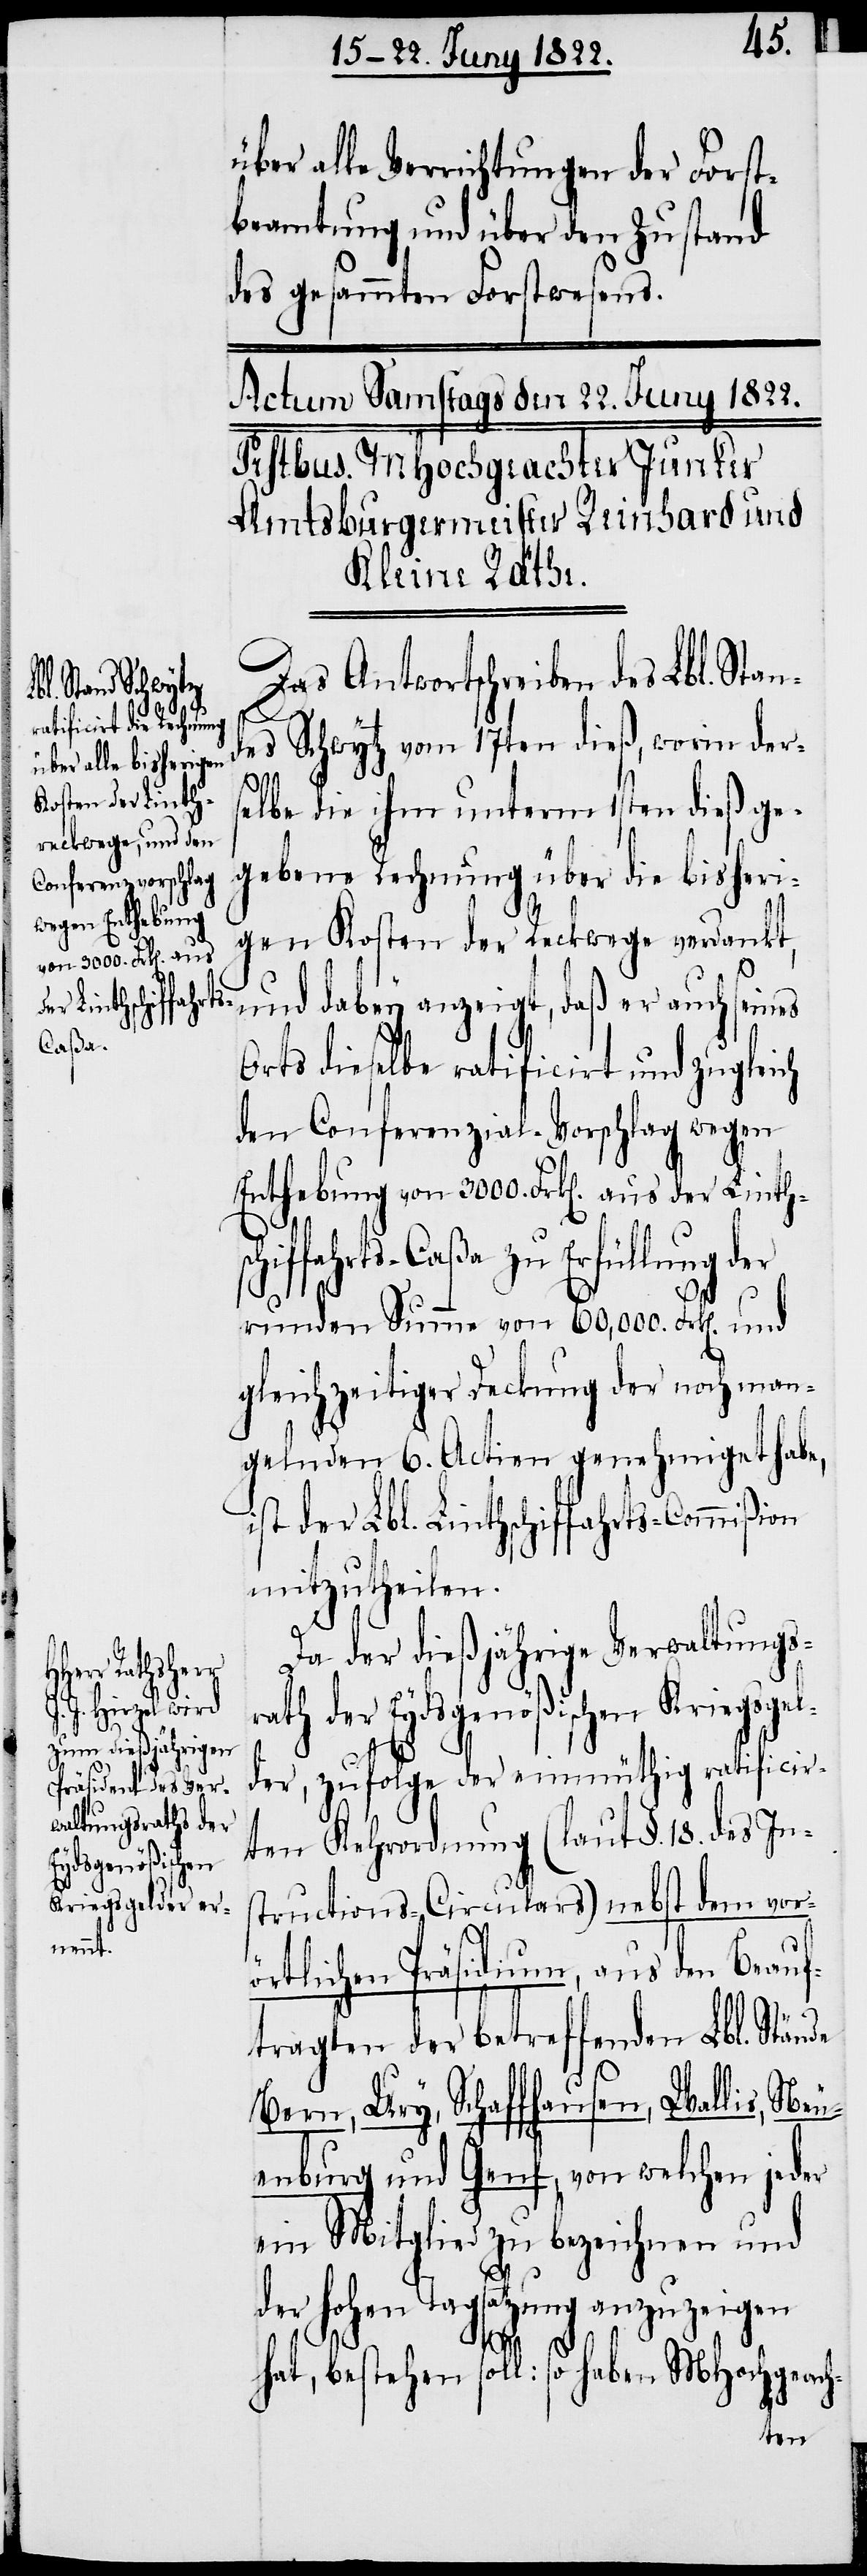
von 3000. Frk[en]. aus
der Linthschi¬

über alle Verrichtungen der Forst¬
beamtung und über den Zustand
des gesammten Forstwesens.
Das Antwortschreiben des Lbl. Stan¬
des Schwytz vom 17ten dieß, worin der¬
selbe die ihm unterm 1sten dieß ge¬
gebene Rechnung über die bisheri¬
gen Kosten der Reckwege verdankt,
und dabey anzeigt, daß er auch seines
Orts dieselbe ratificirt und zugleich
den Conferenzial-Vorschlag wegen
ffahrts-Caßa zu Erfüllung der
runden Summe von 60,000 Frk[en]. und
gleichzeitiger Deckung der noch man¬
gelnden 6. Actien genehmiget habe,
ist der Lbl. Linthschiffahrts-Commißion
mitzutheilen.
Da der dießjährige Verwaltungs¬
rath der Eydsgenößischen Kriegsgel¬
der, zufolge der einmüthig ratificir¬
ten Kehrordnung (laut §. 18. des Ins¬
tructions-Circulars) nebst dem vor¬
örtlichen Präsidium, aus den Beauf¬
tragten der betreffenden Lbl. Stände
Bern, Ury, Schaffhausen, Wallis, Neu¬
enburg und Genf, von welchen jeder
ein Mitglied zu bezeichnen und
der Hohen Tagsatzung anzuzeigen
hat, bestehen soll: so haben MHochgeach-